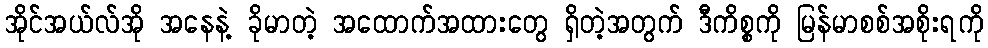
အိုင်အယ်လ်အို အနေနဲ့ ခိုမာတဲ့ အထောက်အထားတွေ ရှိတဲ့အတွက် ဒီကိစ္စကို မြန်မာစစ်အစိုးရကို